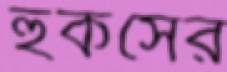
হুকসের